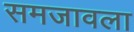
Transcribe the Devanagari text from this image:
समजावला